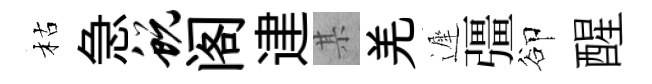
枯急蜕阁䢖某羌遲彊卻醒